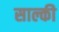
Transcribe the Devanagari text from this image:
साल्की